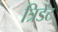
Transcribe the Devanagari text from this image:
त्रिडेंट